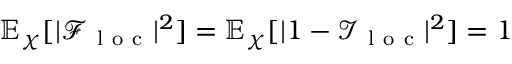
\mathbb { E } _ { \chi } [ | \mathcal { F } _ { \mathrm { ~ l ~ o ~ c ~ } } | ^ { 2 } ] = \mathbb { E } _ { \chi } [ | 1 - \mathcal { I } _ { \mathrm { ~ l ~ o ~ c ~ } } | ^ { 2 } ] = 1